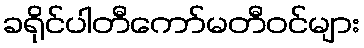
ခရိုင်ပါတီကော်မတီဝင်များ